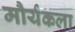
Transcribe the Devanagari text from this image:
मौर्यकला